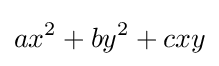
ax^{2}+by^{2}+cxy